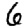
Digit: 6